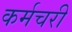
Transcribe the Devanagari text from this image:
कर्मचरी